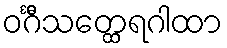
ဝင်္ဂီသတ္ထေရဂါထာ